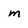
Character: m